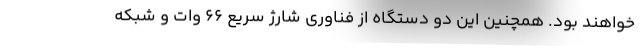
خواهند بود. همچنین این دو دستگاه از فناوری شارژ سریع ۶۶ وات و شبکه